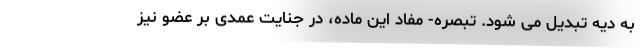
به دیه تبدیل می شود. تبصره- مفاد این ماده، در جنایت عمدی بر عضو نیز